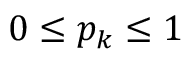
0 \leq p _ { k } \leq 1